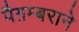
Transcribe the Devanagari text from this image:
पैग़म्बराने